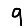
Digit: 9